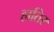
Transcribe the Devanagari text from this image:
हातिर